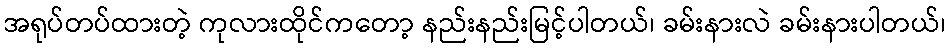
အရုပ်တပ်ထားတဲ့ ကုလားထိုင်ကတော့ နည်းနည်းမြင့်ပါတယ်၊ ခမ်းနားလဲ ခမ်းနားပါတယ်၊